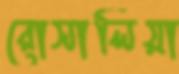
রোসালিয়া